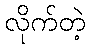
လိုက်တဲ့